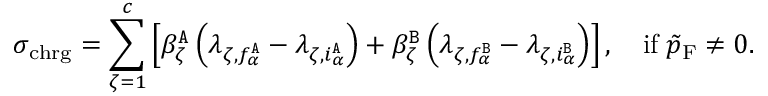
\sigma _ { \mathrm { c h r g } } = \sum _ { \zeta = 1 } ^ { c } \left[ \beta _ { \zeta } ^ { \tt A } \left( \lambda _ { \zeta , f _ { \alpha } ^ { \tt A } } - \lambda _ { \zeta , i _ { \alpha } ^ { \tt A } } \right) + \beta _ { \zeta } ^ { \tt B } \left( \lambda _ { \zeta , f _ { \alpha } ^ { \tt B } } - \lambda _ { \zeta , i _ { \alpha } ^ { \tt B } } \right) \right] , \quad \mathrm { i f } \; \tilde { p } _ { \mathrm { F } } \neq 0 .